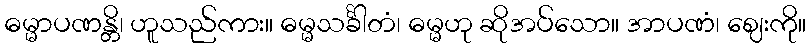
ဓမ္မာပဏန္တိ၊ ဟူသည်ကား။ ဓမ္မသင်္ခါတံ၊ ဓမ္မဟု ဆိုအပ်သော။ အာပဏံ၊ ဈေးကို။